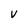
Character: V